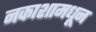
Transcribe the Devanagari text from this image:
नकाशामधून